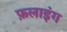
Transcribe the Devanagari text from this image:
फ़लाइंग